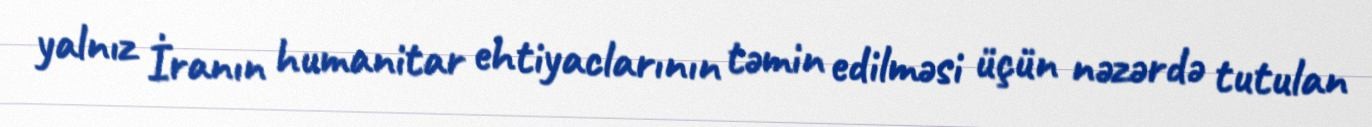
yalnız İranın humanitar ehtiyaclarının təmin edilməsi üçün nəzərdə tutulan